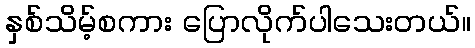
နှစ်သိမ့်စကား ပြောလိုက်ပါသေးတယ်။